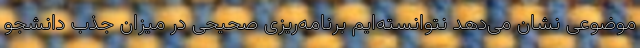
موضوعی نشان می‌دهد نتوانسته‌ایم برنامه‌ریزی صحیحی در میزان جذب دانشجو